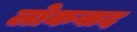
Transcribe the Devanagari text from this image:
लोकवाद